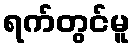
ရက်တွင်မူ